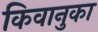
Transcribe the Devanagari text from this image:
किवानुका